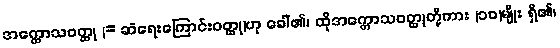
အက္ကောသဝတ္ထု (= ဆဲရေးကြောင်းဝတ္ထု)ဟု ခေါ်၏၊ ထိုအက္ကောသဝတ္ထုတို့ကား (၁၀)မျိုး ရှိ၏၊